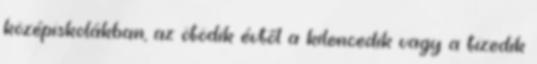
középiskolákban, az ötödik évtől a kilencedik vagy a tizedik